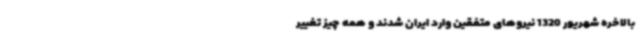
بالاخره شهریور 1320 نیروهای متفقین وارد ایران شدند و همه چیز تغییر